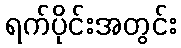
ရက်ပိုင်းအတွင်း